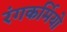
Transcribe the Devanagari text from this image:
रंगकर्मियो